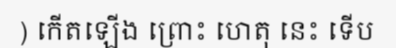
) កើតឡើង ព្រោះ ហេតុ នេះ ទើប